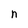
Character: n